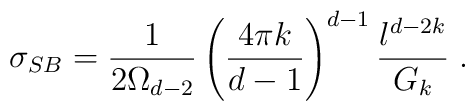
\sigma _{SB}=\frac{1}{2\Omega _{d-2}}\left( \frac{4\pi k}{d-1}\right) ^{d-1}\frac{l^{d-2k}}{G_{k}}\;.